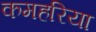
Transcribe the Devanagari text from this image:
कमहरिया